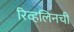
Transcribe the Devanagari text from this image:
रिव्हलिनची